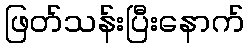
ဖြတ်သန်းပြီးနောက်